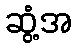
ဆွံ့အ